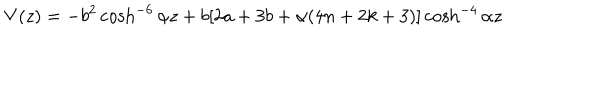
V ( z ) = - b ^ { 2 } \cosh ^ { - 6 } { \alpha z } + b [ 2 a + 3 b + \alpha ( 4 n + 2 k + 3 ) ] \cosh ^ { - 4 } { \alpha z }